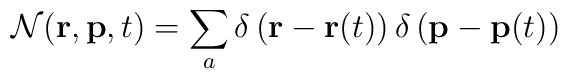
{\cal N}({\bf r},{\bf p},t)=\sum_a\delta\left ({\bf r}-{\bf r}(t)\right)\delta\left ({\bf p}-{\bf p}(t)\right )